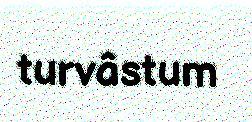
turvâstum